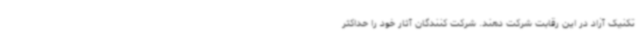
تکنیک آزاد در این رقابت شرکت دهند. شرکت کنندگان آثار خود را حداکثر